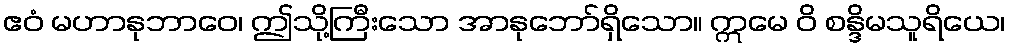
ဧဝံ မဟာနုဘာဝေ၊ ဤသို့ကြီးသော အာနုဘော်ရှိသော။ ဣမေ ဝိ စန္ဒိမသူရိယေ၊